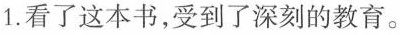
1.看了这本书，受到了深刻的教育。